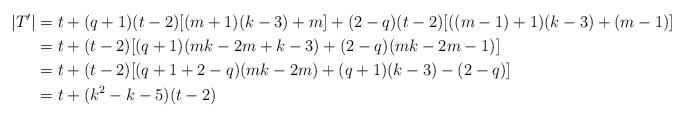
LaTeX: \begin{align*}|T^{\prime}|&=t+(q+1)(t-2)[(m+1)(k-3)+m]+(2-q)(t-2)[((m-1)+1)(k-3)+ (m-1)]\\&=t+(t-2)[(q+1)(mk-2m+k-3)+(2-q)(mk-2m-1)]\\&=t+(t-2)[(q+1+2-q)(mk-2m)+(q+1)(k-3)-(2-q)]\\&=t+(k^2-k-5)(t-2)\end{align*}